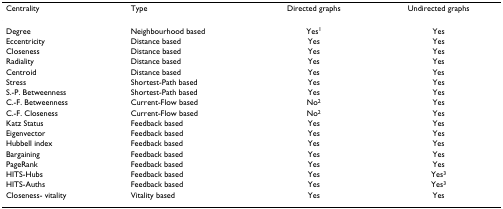
<table><thead><tr><td><b>Centrality</b></td><td><b>Type</b></td><td><b>Directed graphs</b></td><td><b>Undirected graphs</b></td></tr></thead><tbody><tr><td>Degree</td><td>Neighbourhood based</td><td>Yes<sup>1</sup></td><td>Yes</td></tr><tr><td>Eccentricity</td><td>Distance based</td><td>Yes</td><td>Yes</td></tr><tr><td>Closeness</td><td>Distance based</td><td>Yes</td><td>Yes</td></tr><tr><td>Radiality</td><td>Distance based</td><td>Yes</td><td>Yes</td></tr><tr><td>Centroid</td><td>Distance based</td><td>Yes</td><td>Yes</td></tr><tr><td>Stress</td><td>Shortest-Path based</td><td>Yes</td><td>Yes</td></tr><tr><td>S.-P. Betweenness</td><td>Shortest-Path based</td><td>Yes</td><td>Yes</td></tr><tr><td>C.-F. Betweenness</td><td>Current-Flow based</td><td>No<sup>2</sup></td><td>Yes</td></tr><tr><td>C.-F. Closeness</td><td>Current-Flow based</td><td>No<sup>2</sup></td><td>Yes</td></tr><tr><td>Katz Status</td><td>Feedback based</td><td>Yes</td><td>Yes</td></tr><tr><td>Eigenvector</td><td>Feedback based</td><td>Yes</td><td>Yes</td></tr><tr><td>Hubbell index</td><td>Feedback based</td><td>Yes</td><td>Yes</td></tr><tr><td>Bargaining</td><td>Feedback based</td><td>Yes</td><td>Yes</td></tr><tr><td>PageRank</td><td>Feedback based</td><td>Yes</td><td>Yes</td></tr><tr><td>HITS-Hubs</td><td>Feedback based</td><td>Yes</td><td>Yes<sup>3</sup></td></tr><tr><td>HITS-Auths</td><td>Feedback based</td><td>Yes</td><td>Yes<sup>3</sup></td></tr><tr><td>Closeness- vitality</td><td>Vitality based</td><td>Yes</td><td>Yes</td></tr></tbody></table>